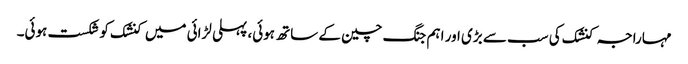
مہاراجہ کنشک کی سب سے بڑی اور اہم جنگ چین کے ساتھ ہوئی، پہلی لڑائی میں کنشک کو شکست ہوئی۔